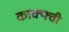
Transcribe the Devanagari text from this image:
काक्फ्वी